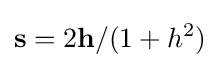
\mathbf {s} =2\mathbf {h} /(1+h^{2})